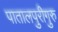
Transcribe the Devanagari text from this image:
पातालपुरीगुरु